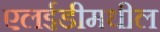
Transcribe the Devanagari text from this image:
एलईडीमधील